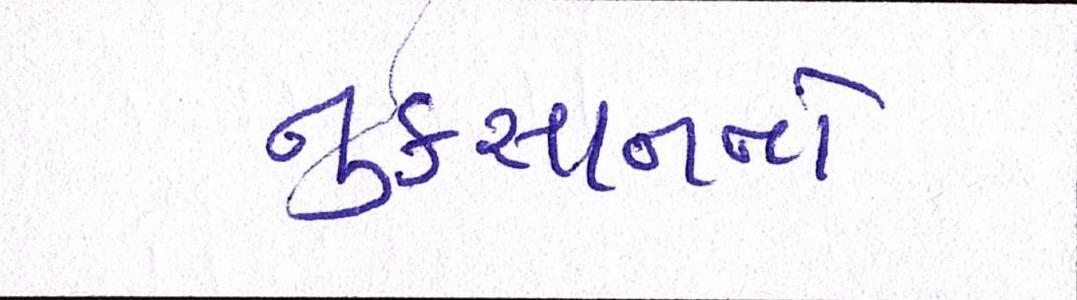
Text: નુકસાનનો